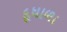
દૂધાળા